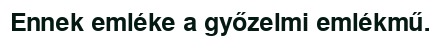
Ennek emléke a győzelmi emlékmű.